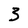
Character: 3